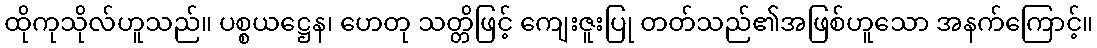
ထိုကုသိုလ်ဟူသည်။ ပစ္စယဋ္ဌေန၊ ဟေတု သတ္တိဖြင့် ကျေးဇူးပြု တတ်သည်၏အဖြစ်ဟူသော အနက်ကြောင့်။